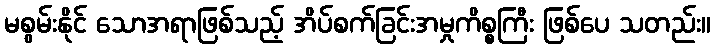
မစွမ်းနိုင် သောအရာဖြစ်သည့် အိပ်စက်ခြင်းအမှုကိစ္စကြီး ဖြစ်ပေ သတည်း။